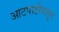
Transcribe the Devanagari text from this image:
आटपाडीपासून